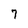
Character: 7